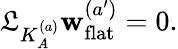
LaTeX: {\cal\mathfrak{L}}_{K_{A}^{(a)}}\mathbf{w}_{\mathrm{{flat}}}^{(a^{\prime})}=0.